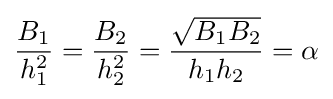
{\frac {B_{1}}{h_{1}^{2}}}={\frac {B_{2}}{h_{2}^{2}}}={\frac {\sqrt {B_{1}B_{2}}}{h_{1}h_{2}}}=\alpha